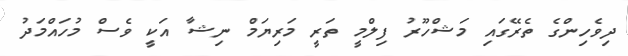
ދިވެހިންްގެ ތެރޭގައި މަޝްހޫރު ފިލްމީ ތަރީ މަރިޔަމް ނިޝާ އަކީ ވެސް މުހައްމަދު